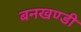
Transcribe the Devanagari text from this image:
बनखण्डी